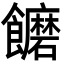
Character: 饝